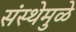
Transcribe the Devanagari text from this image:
संस्थेमुळे